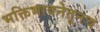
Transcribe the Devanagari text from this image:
भक्तिभावनेतूनच